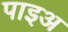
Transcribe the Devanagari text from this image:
पाइअ